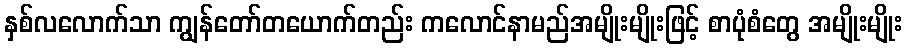
နှစ်လလောက်သာ ကျွန်တော်တယောက်တည်း ကလောင်နာမည်အမျိုးမျိုးဖြင့် စာပုံစံတွေ အမျိုးမျိုး